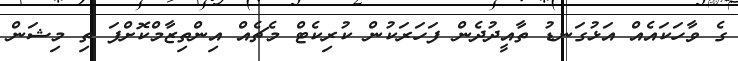
ގެ ވާހަކައެއް އަޅުގަނޑު ތާއީދުދެން ފަހަރަކުން ކުރިކެޓް މެޗެއް އިންތިޒާމްކޮށްފަ ތި މިޝަން